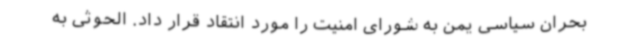
بحران سیاسی یمن به شورای امنیت را مورد انتقاد قرار داد. الحوثی به